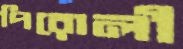
পিরোলী